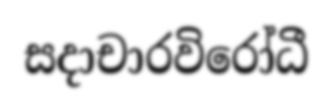
සදාචාරවිරෝධී